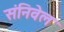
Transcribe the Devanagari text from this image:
संनिवेल